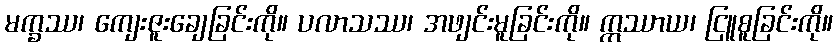
မက္ခဿ၊ ကျေးဇူးချေခြင်းကို။ ပလာသဿ၊ အဖျင်းမူခြင်းကို။ ဣဿာယ၊ ငြူစူခြင်းကို။